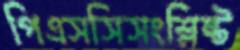
পিএসসিসংশ্লিষ্ট